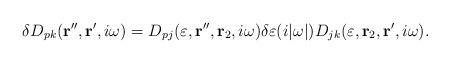
LaTeX: \begin{align*}\delta D_{pk} ({\bf r}^{\prime\prime}, {\bf r}^\prime , i \omega) =D_{pj} (\varepsilon, {\bf r}^{\prime\prime}, {\bf r}_2 , i \omega) \delta\varepsilon (i |\omega|) D_{jk} (\varepsilon, {\bf r}_2 , {\bf r}^\prime , i \omega). \end{align*}